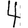
Digit: 4